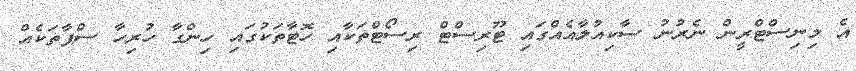
އެ މިނިސްޓްރީން ނެރުނު ސާކިއުލާއެއްގައި ޓޫރިސްޓް ރިސޯޓްތަކާއި ހޮޓާތަކުގައި ހިންގާ ހުރިހާ ސްޕާތަކެއް